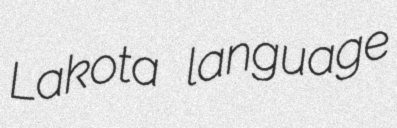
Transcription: Lakota language